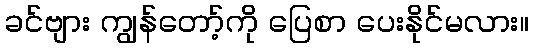
ခင်ဗျား ကျွန်တော့်ကို ပြေစာ ပေးနိုင်မလား။